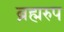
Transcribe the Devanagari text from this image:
ब्रह्मरुप